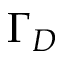
\Gamma _ { D }